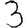
Digit: 3